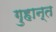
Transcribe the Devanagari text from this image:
गुहान्त